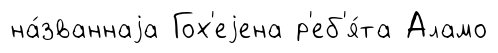
на́званнаjа Гох'еjена р'еб'я́та Аламо